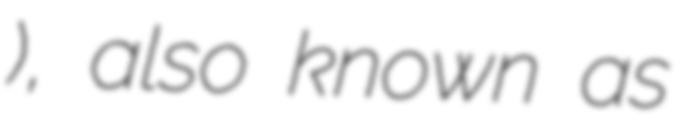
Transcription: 内蒙古独立运动), also known as